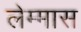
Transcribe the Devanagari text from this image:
लेम्मास